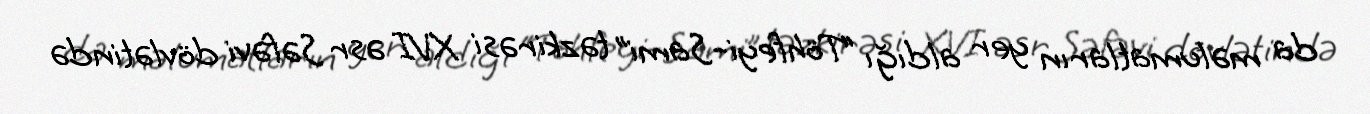
da məlumatların yer aldığı “Töhfeyi-Sami” təzkirəsi XVI əsr Səfəvi dövlətində